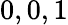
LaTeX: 0,0,1